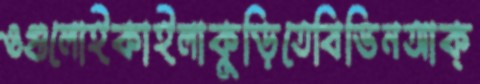
ওগুলোইকাইলাকুড়িতেবিভিনআক্